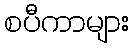
စပီကာများ